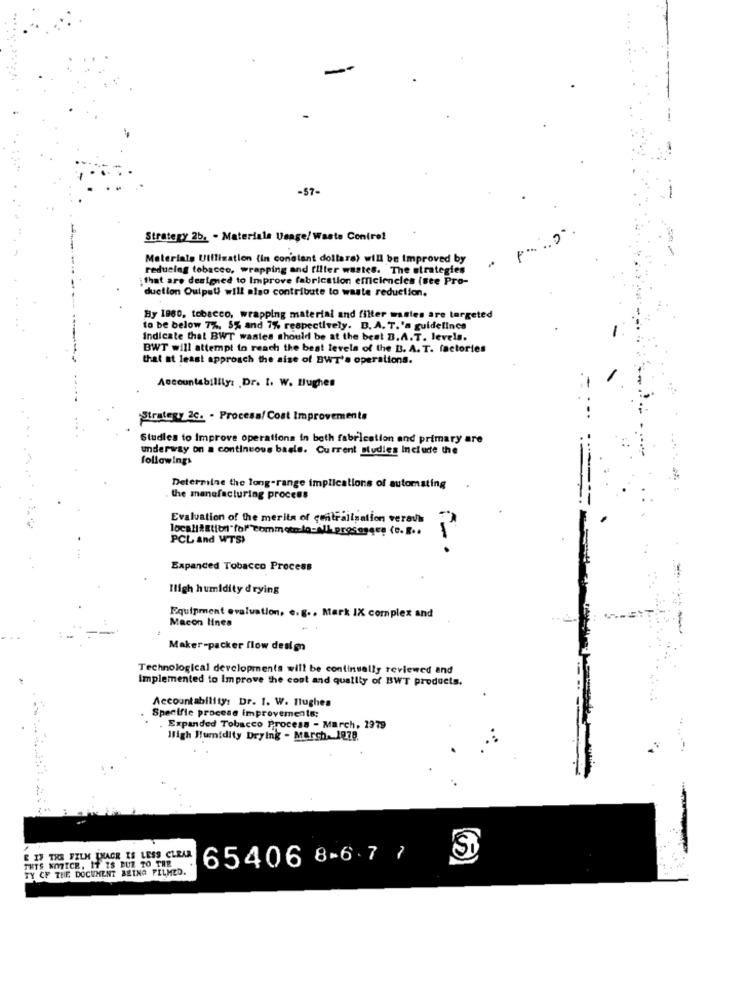
-57-
Strategy 2b. - Materiale Usage! Waste Control
P .. .. .
Materials Utilization (in constant dollara) will be improved by
reducing tobacco, wrapping and filler wastes. The strategies
that are designed to Improve fabrication efficiencies (see Pro-
duction Ouipal will also contribute to waste reduction.
By 1980, tobacco, wrapping material and filter wastes are targeted
to be below 7%, 5% and 7% respectively. B. A. T.'s guidelines
Indicate that BWT wastes should be at the best B.A. T. levels.
BWT will attempt to reach the best levels of the B. A. T. factories
that at least approach the size of BWT's operations.
Accountability: Dr. I. W. Hughes
Strategy 2C. - Procesa/ Cost Improvements
Studies to Improve operations in both fabrication and primary are
underway on a continuous basle. Current studies Include the
followings
Determine the long-range implications of automating
the manufacturing process
Evaluation of the merita of centralisation veravis
PCL and WTS)
Expanded Tobacco Process
Iligh humidity drying
Macon lines
Equipment evaluation, e.g .. Mark IX complex and
Maker-packer flow design
Technological developments will be continually reviewed and
implemented to Improve the cost and quality of BWT products.
Accountability: Dr. 1. W. Hughes
Specific process improvements;
Expanded Tobacco Process - March, 1979
Wligh Humidity Drying - March. 1978
E IS THE FILM IMAGE IS LESS CLEAR
THIS NOTICE, IT IS BUZ TO TRE
65406 8-6.7 7
SI
TY CF THE DOCUMENT BEING PILMED.